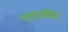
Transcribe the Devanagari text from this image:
प्लास्केट